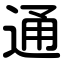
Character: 通